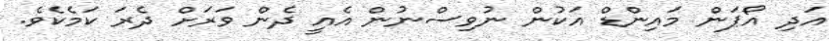
އަދި އޯޕަން މައިންޑް އަކުން ނުވިސްނުން އެއީ ދެން ވަރަށް ދެރަ ކަމެކެވެ.